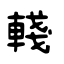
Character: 輚